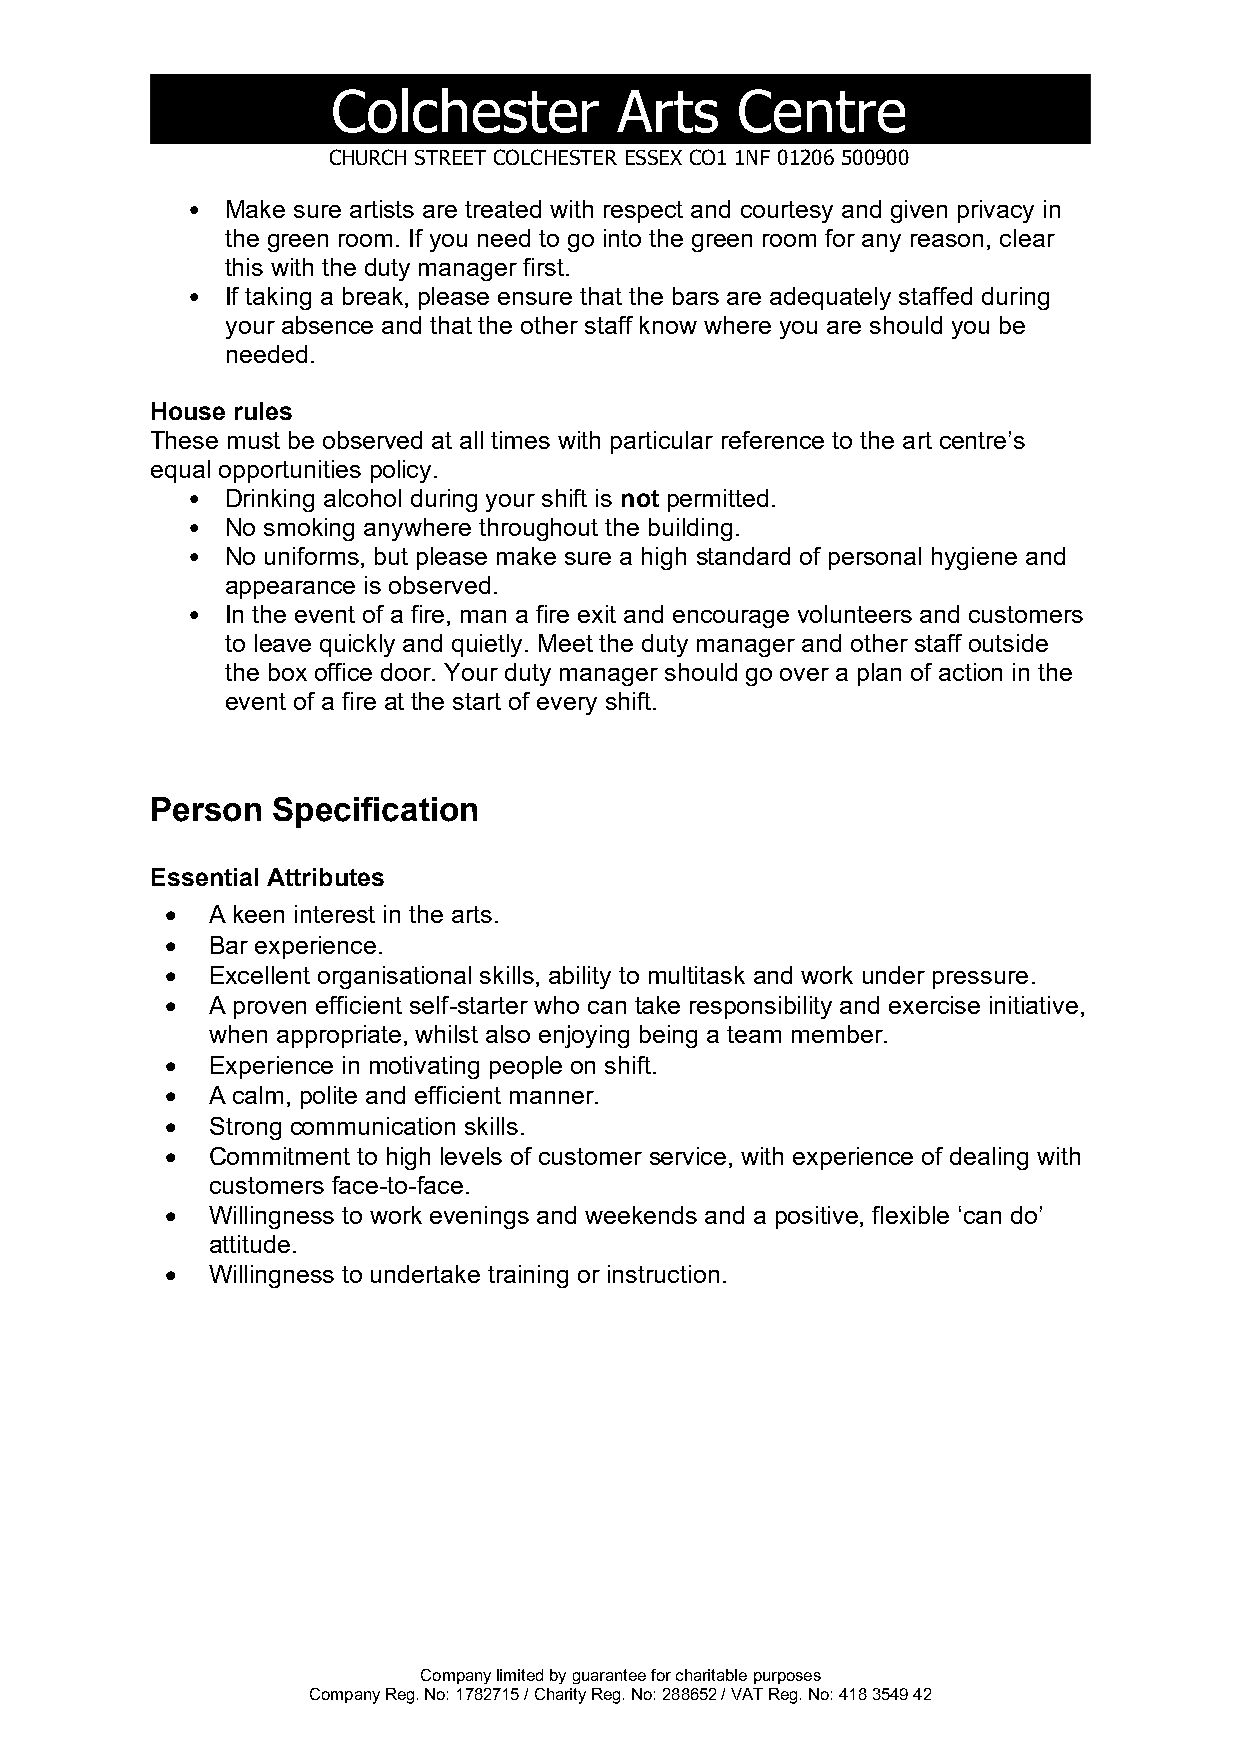
•  Make sure artists are treated with respect and courtesy and given privacy in
 the green room. If you need to go into the green room for any reason, clear
 this with the duty manager first.
 •  If taking a break, please ensure that the bars are adequately staffed during
 your absence and that the other staff know where you are should you be
 needed.
 House rules
 These must be observed at all times with particular reference to the art centre’s
 equal opportunities policy.
 •  Drinking alcohol during your shift is not permitted.
 •  No smoking anywhere throughout the building.
 •  No uniforms, but please make sure a high standard of personal hygiene and
 appearance is observed.
 •  In the event of a fire, man a fire exit and encourage volunteers and customers
 to leave quickly and quietly. Meet the duty manager and other staff outside
 the box office door. Your duty manager should go over a plan of action in the
 event of a fire at the start of every shift.
 Person  Specification
 Essential Attributes
 •  A keen interest in the arts.
 •  Bar experience.
 •  Excellent organisational skills, ability to multitask and work under pressure.
 •  A proven efficient self-starter who can take responsibility and exercise initiative,
 when appropriate, whilst also enjoying being a team member.
 •  Experience in motivating people on shift.
 •  A calm, polite and efficient manner.
 •  Strong communication skills.
 •  Commitment to high levels of customer service, with experience of dealing with
 customers face-to-face.
 •  Willingness to work evenings and weekends and a positive, flexible ‘can do’
 attitude.
 •  Willingness to undertake training or instruction.
 Company limited by guarantee for charitable purposes
 Company Reg. No: 1782715 / Charity Reg. No: 288652 / VAT Reg. No: 418 3549 42
 CC
 H U
 oR
 C
 lH c
 S T
 hR
 E E
 eT
 C
 sO
 L
 tC eH
 E S
 rT
 E R
 A
 E S
 rS
 E
 tX sC
 O 1
 C1
 N F
 e
 0 1
 n2
 0 6
 t
 5
 r0
 0
 e9
 0 0